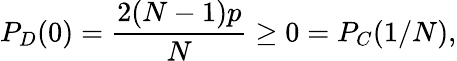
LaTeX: P_{D}(0)=\frac{2(N-1)p}{N}\geq 0=P_{C}(1/N),